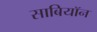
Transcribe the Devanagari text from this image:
साबियॉन